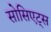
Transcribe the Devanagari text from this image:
सोसिएट्स